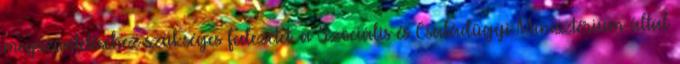
megszüntetéséhez szükséges fedezetet. a Szociális és Családügyi Minisztérium által